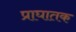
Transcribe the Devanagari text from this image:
प्राघातक